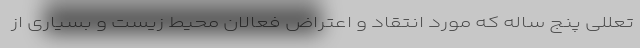
تعللی پنج ساله که مورد انتقاد و اعتراض فعالان محیط زیست و بسیاری از